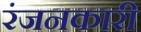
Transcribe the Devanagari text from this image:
रंजनकारी